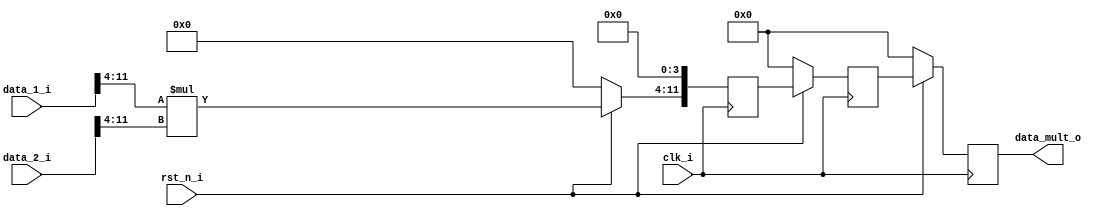
//**************************************************************************************************
// Project/Product : IDCT
// Description     : Inverse Discrete Cosine Transform 
//                   row and column 1D IDCT operation 
//                   with 3 stage pipeline in each 1D IDCT
// Dependencies    : global_defs.v, global_func.v, synch_fifo.v
// References      : 
//
//**************************************************************************************************
   
`timescale 1ns / 1ps

module mult_12(
	clk_i,
	rst_n_i,

	data_1_i,
	data_2_i,
	data_mult_o
);


//----------------------------------------------------------------------------------------------------------------------
// Global constant and function headers
//----------------------------------------------------------------------------------------------------------------------

//----------------------------------------------------------------------------------------------------------------------
// parameter definitions
//----------------------------------------------------------------------------------------------------------------------

//----------------------------------------------------------------------------------------------------------------------
// localparam definitions
//----------------------------------------------------------------------------------------------------------------------

//----------------------------------------------------------------------------------------------------------------------
// I/O signals
//----------------------------------------------------------------------------------------------------------------------

	// System Clock Signals
	input 															clk_i;
	input 															rst_n_i;

	input 				[11:0] 										data_1_i;
	input 				[11:0] 										data_2_i;
	output 	reg 		[11:0] 										data_mult_o;

//----------------------------------------------------------------------------------------------------------------------
// Internal wires and registers
//----------------------------------------------------------------------------------------------------------------------
			
	reg 				[11:0] 										r_mult_1;
	reg 				[11:0] 										r_mult_2;

//----------------------------------------------------------------------------------------------------------------------
// Implmentation
//----------------------------------------------------------------------------------------------------------------------

	always @(posedge clk_i) begin 
		if(~rst_n_i) begin
			r_mult_1 <= 0;
			r_mult_2 <= 0;
			data_mult_o <= 0;
		end 
		else begin
			r_mult_1[11:4] <= data_1_i[11:4] * data_2_i[11:4];
			r_mult_1[3:0] <= 0;
			r_mult_2 <= r_mult_1;
			data_mult_o <= r_mult_2;
		end
	end


//----------------------------------------------------------------------------------------------------------------------
// Sub module instantiation
//----------------------------------------------------------------------------------------------------------------------

	
endmodule